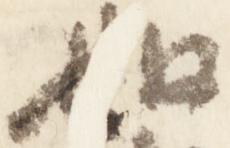
如